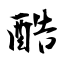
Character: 酷